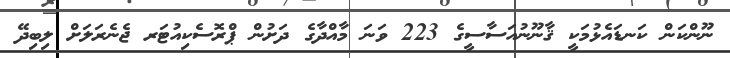
ނޫންކަން ކަނޑައެޅުމަކީ ޤާނޫނުއަސާސީގެ 223 ވަނަ މާއްދާގެ ދަށުން ޕްރޮސެކިއުޓަރ ޖެނެރަލަށް ލިބިދޭ